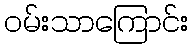
ဝမ်းသာကြောင်း